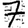
Digit: 7